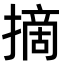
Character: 摘